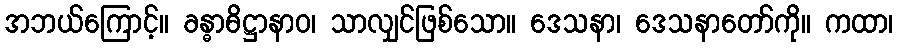
အဘယ်ကြောင့်။ ခန္ဓာဓိဋ္ဌာနာဝ၊ သာလျှင်ဖြစ်သော။ ဒေသနာ၊ ဒေသနာတော်ကို။ ကထာ၊